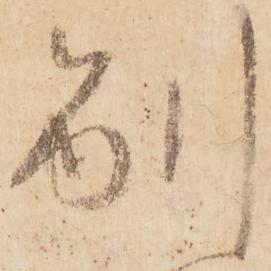
別